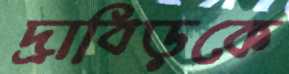
দ্রাবিড়কে